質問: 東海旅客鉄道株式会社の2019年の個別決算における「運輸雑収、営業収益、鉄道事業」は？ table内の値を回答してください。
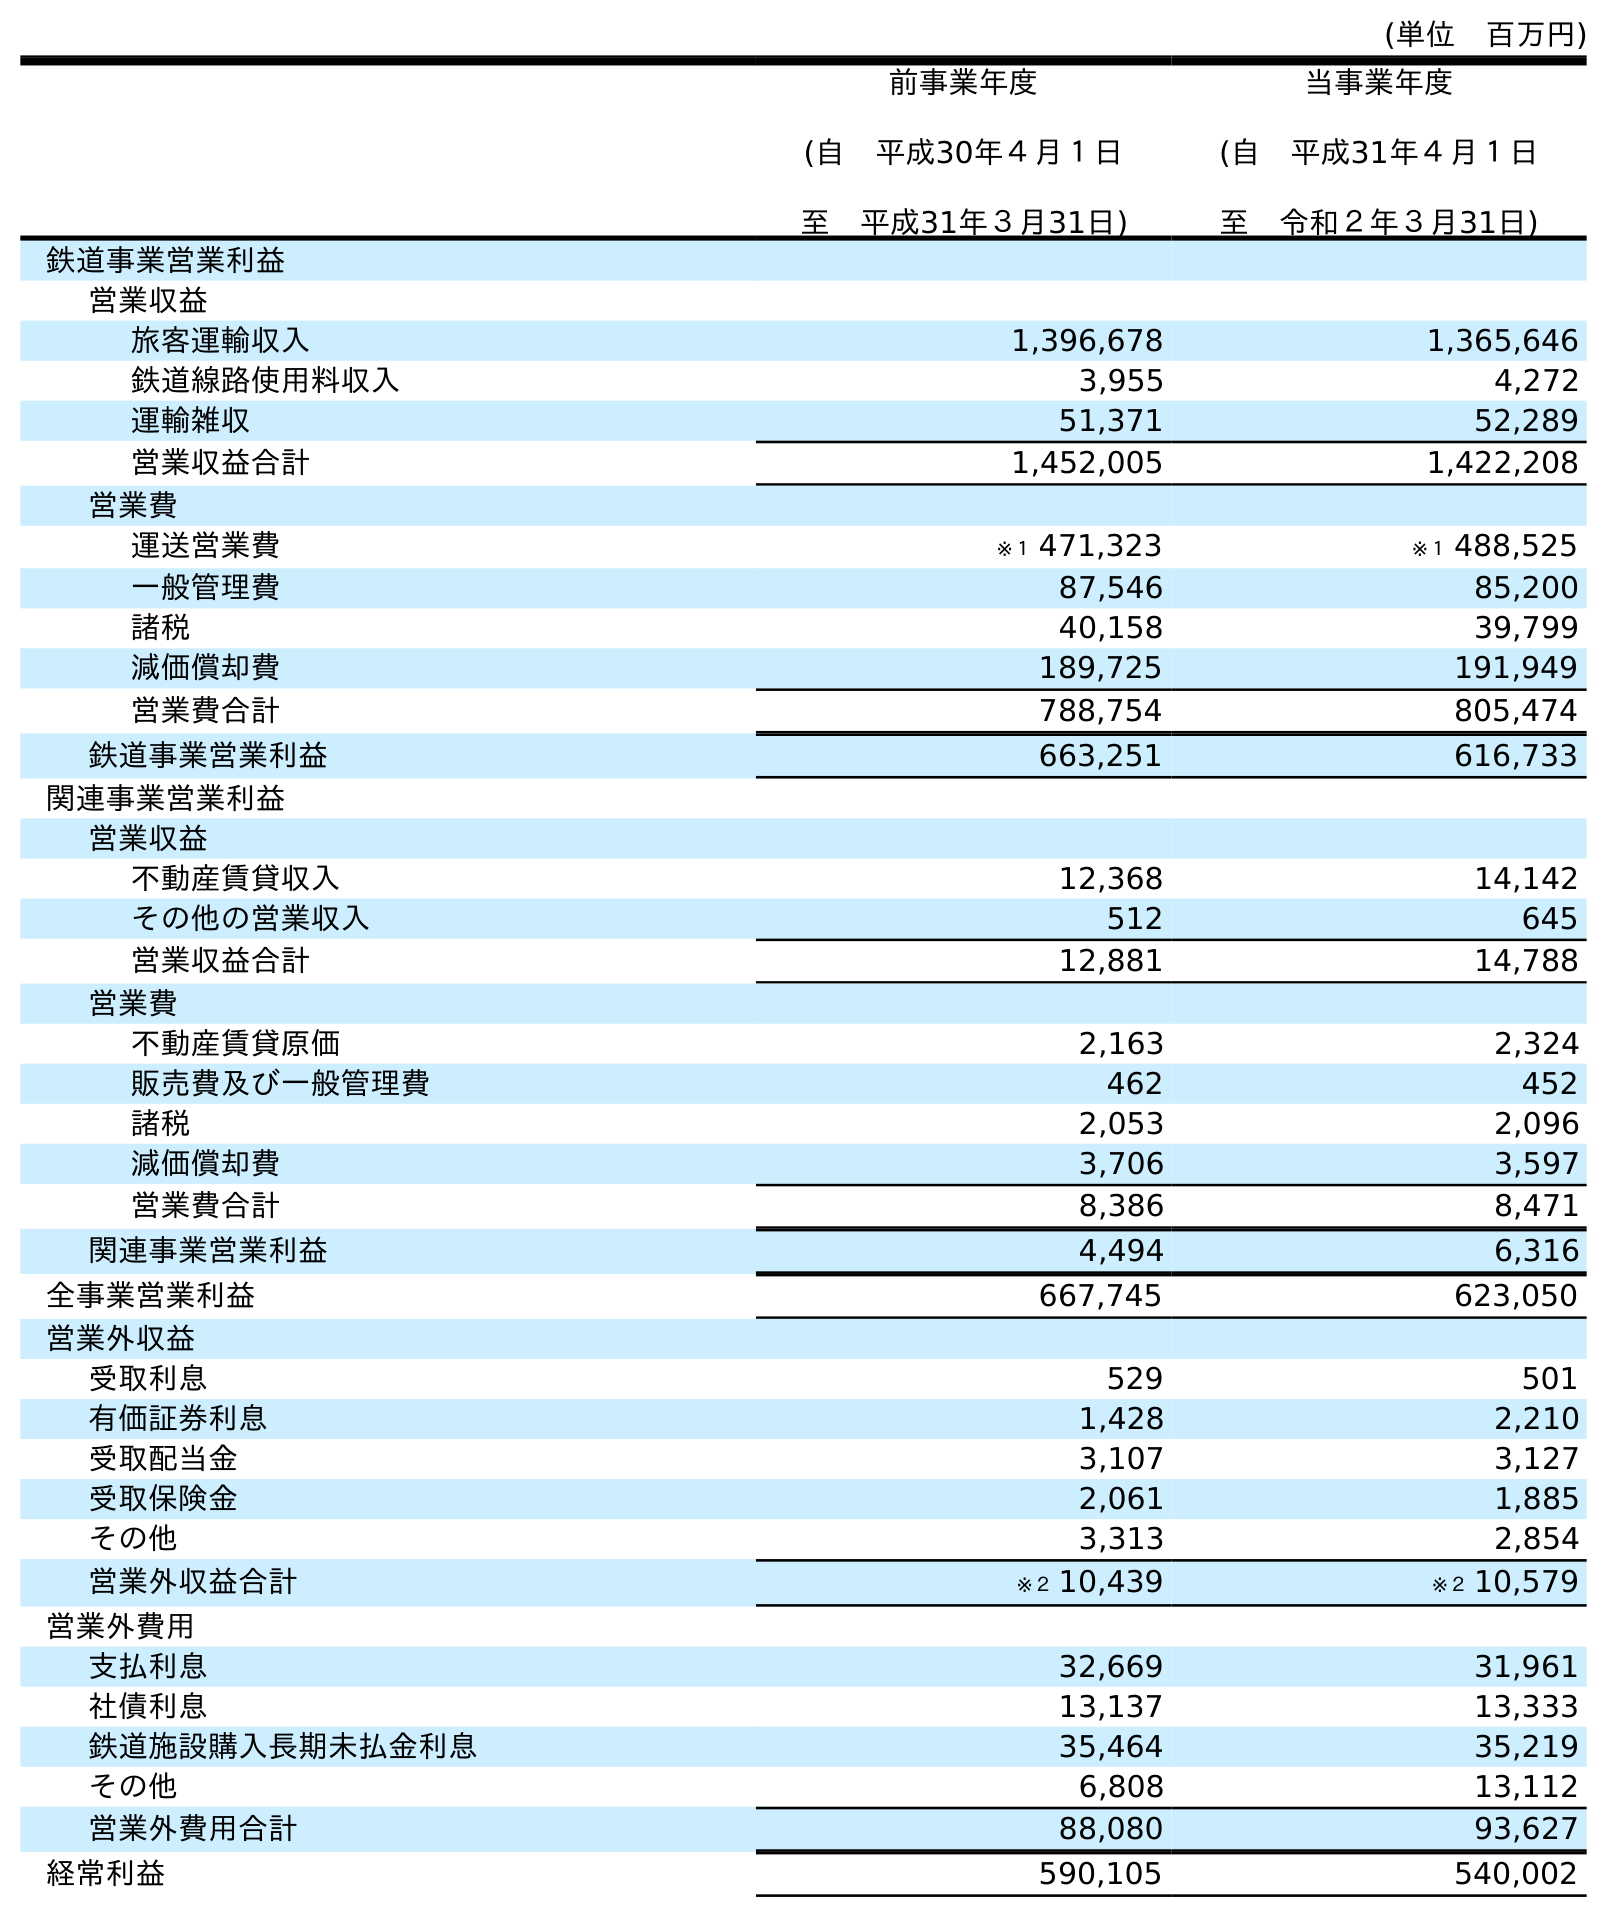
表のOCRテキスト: (単位 百万円) 前事業年度 (自 平成30年４月１日 至 平成31年３月31日) 当事業年度 (自 平成31年４月１日 至 令和２年３月31日) 鉄道事業営業利益 営業収益 旅客運輸収入 1,396,678 1,365,646 鉄道線路使用料収入 3,955 4,272 運輸雑収 51,371 52,289 営業収益合計 1,452,005 1,422,208 営業費 運送営業費 ※１ 471,323 ※１ 488,525 一般管理費 87,546 85,200 諸税 40,158 39,799 減価償却費 189,725 191,949 営業費合計 788,754 805,474 鉄道事業営業利益 663,251 616,733 関連事業営業利益 営業収益 不動産賃貸収入 12,368 14,142 その他の営業収入 512 645 営業収益合計 12,881 14,788 営業費 不動産賃貸原価 2,163 2,324 販売費及び一般管理費 462 452 諸税 2,053 2,096 減価償却費 3,706 3,597 営業費合計 8,386 8,471 関連事業営業利益 4,494 6,316 全事業営業利益 667,745 623,050 営業外収益 受取利息 529 501 有価証券利息 1,428 2,210 受取配当金 3,107 3,127 受取保険金 2,061 1,885 その他 3,313 2,854 営業外収益合計 ※２ 10,439 ※２ 10,579 営業外費用 支払利息 32,669 31,961 社債利息 13,137 13,333 鉄道施設購入長期未払金利息 35,464 35,219 その他 6,808 13,112 営業外費用合計 88,080 93,627 経常利益 590,105 540,002
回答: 51,371